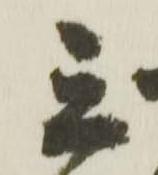
立